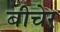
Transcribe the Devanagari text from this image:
बीचेर